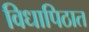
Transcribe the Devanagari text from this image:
विधापिठात